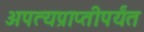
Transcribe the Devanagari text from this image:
अपत्यप्राप्तीपर्यंत